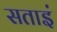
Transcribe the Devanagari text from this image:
सताइं